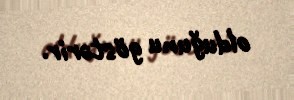
olduğunu göstərir.